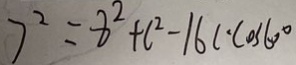
7 ^ { 2 } = 8 ^ { 2 } + c ^ { 2 } - 1 6 c \cdot \cos 6 0 ^ { \circ }